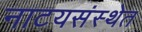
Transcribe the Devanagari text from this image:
नाटयसंस्थेत